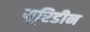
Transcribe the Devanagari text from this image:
यूरिडीन